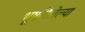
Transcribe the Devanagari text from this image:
भूषविलेल्‍या